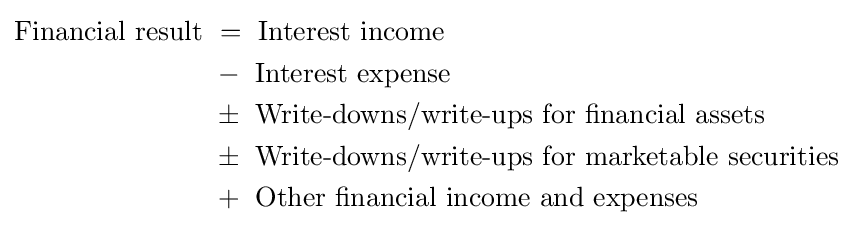
\textstyle {\begin{aligned}{\mbox{Financial result }}&={\mbox{ Interest income}}\\&-{\mbox{ Interest expense}}\\&\pm {\mbox{ Write-downs/write-ups for financial assets}}\\&\pm {\mbox{ Write-downs/write-ups for marketable securities}}\\&+{\mbox{ Other financial income and expenses}}\end{aligned}}